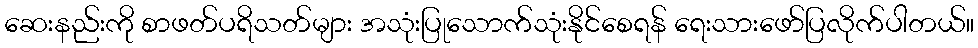
ဆေးနည်းကို စာဖတ်ပရိသတ်များ အသုံးပြုသောက်သုံးနိုင်စေရန် ရေးသားဖော်ပြလိုက်ပါတယ်။